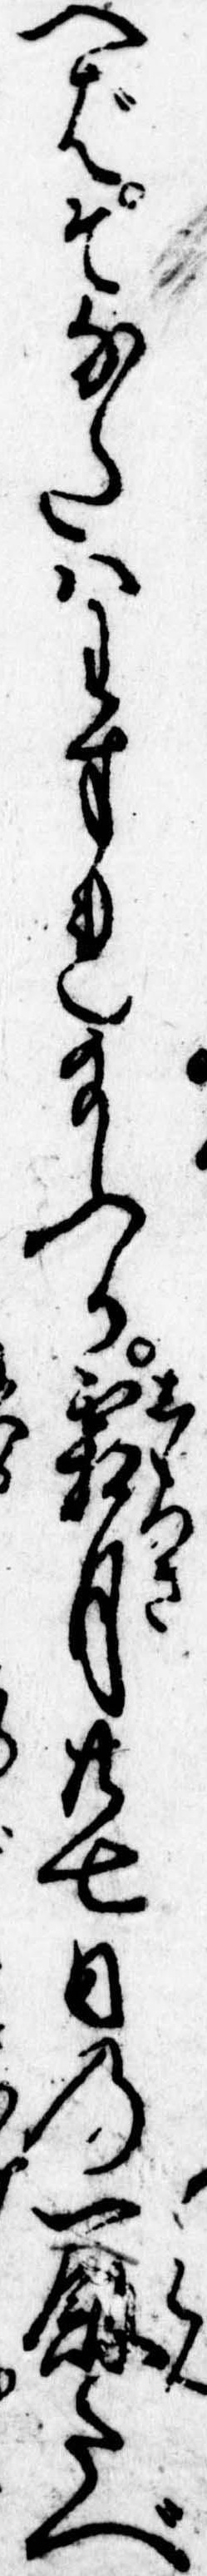
へばそなたはわすれ給ふか霜月廿七日の一飯たべ